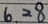
6 . 2 8